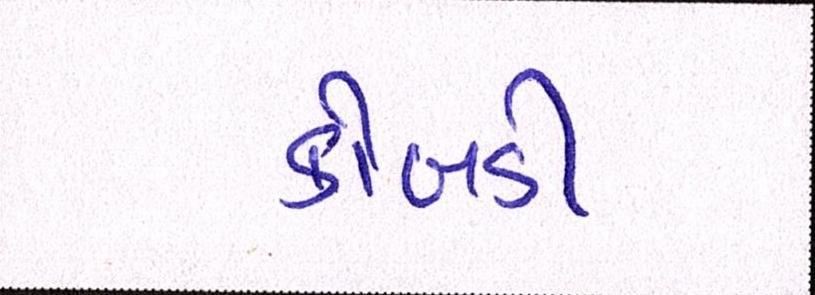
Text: કોબડી